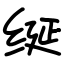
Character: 𫄧